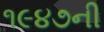
૧૯૪૭ની